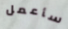
سأعمل